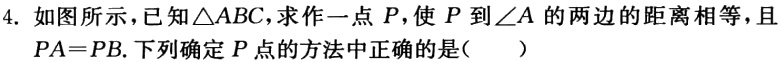
4. 如图所示，已知\(\triangle ABC\)，求作一点\(P\)，使\(P\)到\(\angle A\)的两边的距离相等，且\(PA = PB\). 下列确定\(P\)点的方法中正确的是（  ）